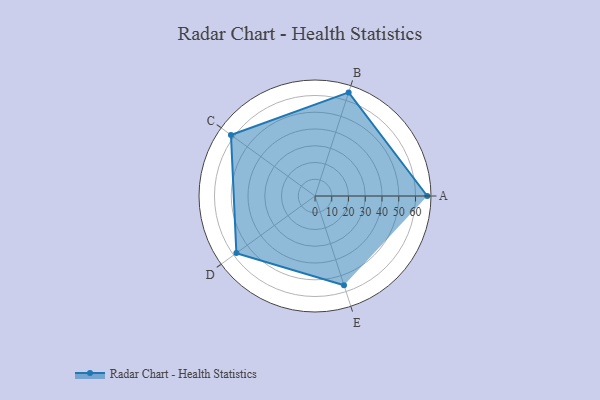
{"axis": {"x": "Skill", "y": "Score"}, "legend": ["Profile"], "data": [{"x": "A", "y": 67.0, "type": "Profile"}, {"x": "B", "y": 65.0, "type": "Profile"}, {"x": "C", "y": 62.0, "type": "Profile"}, {"x": "D", "y": 58.0, "type": "Profile"}, {"x": "E", "y": 56.0, "type": "Profile"}]}